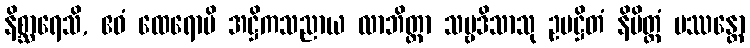
နိစ္ဆာရေသိ, ဧဝံ ထေရောပိ အဋ္ဌိကသညာယ လာဘိတ္တာ သဗ္ဗဒိသာသု ဥပဋ္ဌိတံ နိမိတ္တံ ပဿန္တော